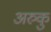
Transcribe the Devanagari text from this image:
अरुकु